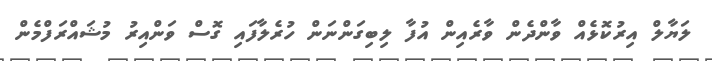
ލަޔާލް އިރުކޮޅެއް ވާންދެން ވާރެއިން އުފާ ލިބިގަންނަން ހުރެލާފައި ގޮސް ވަންއިރު މުޝައްރަފްމެން